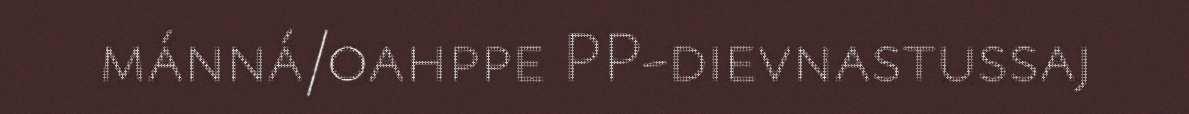
mánná/oahppe PP-dievnastussaj